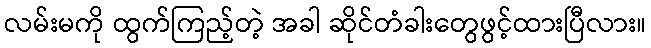
လမ်းမကို ထွက်ကြည့်တဲ့ အခါ ဆိုင်တံခါးတွေဖွင့်ထားပြီလား။